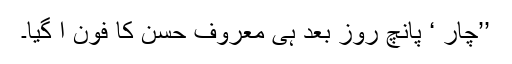
’’چار ‘ پانچ روز بعد ہی معروف حسن کا فون آ گیا۔